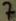
Text: 7